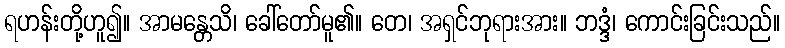
ရဟန်းတို့ဟူ၍။ အာမန္တေသိ၊ ခေါ်တော်မူ၏။ တေ၊ အရှင်ဘုရားအား။ ဘဒ္ဒံ၊ ကောင်းခြင်းသည်။